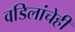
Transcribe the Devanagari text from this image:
वडिलांचेही